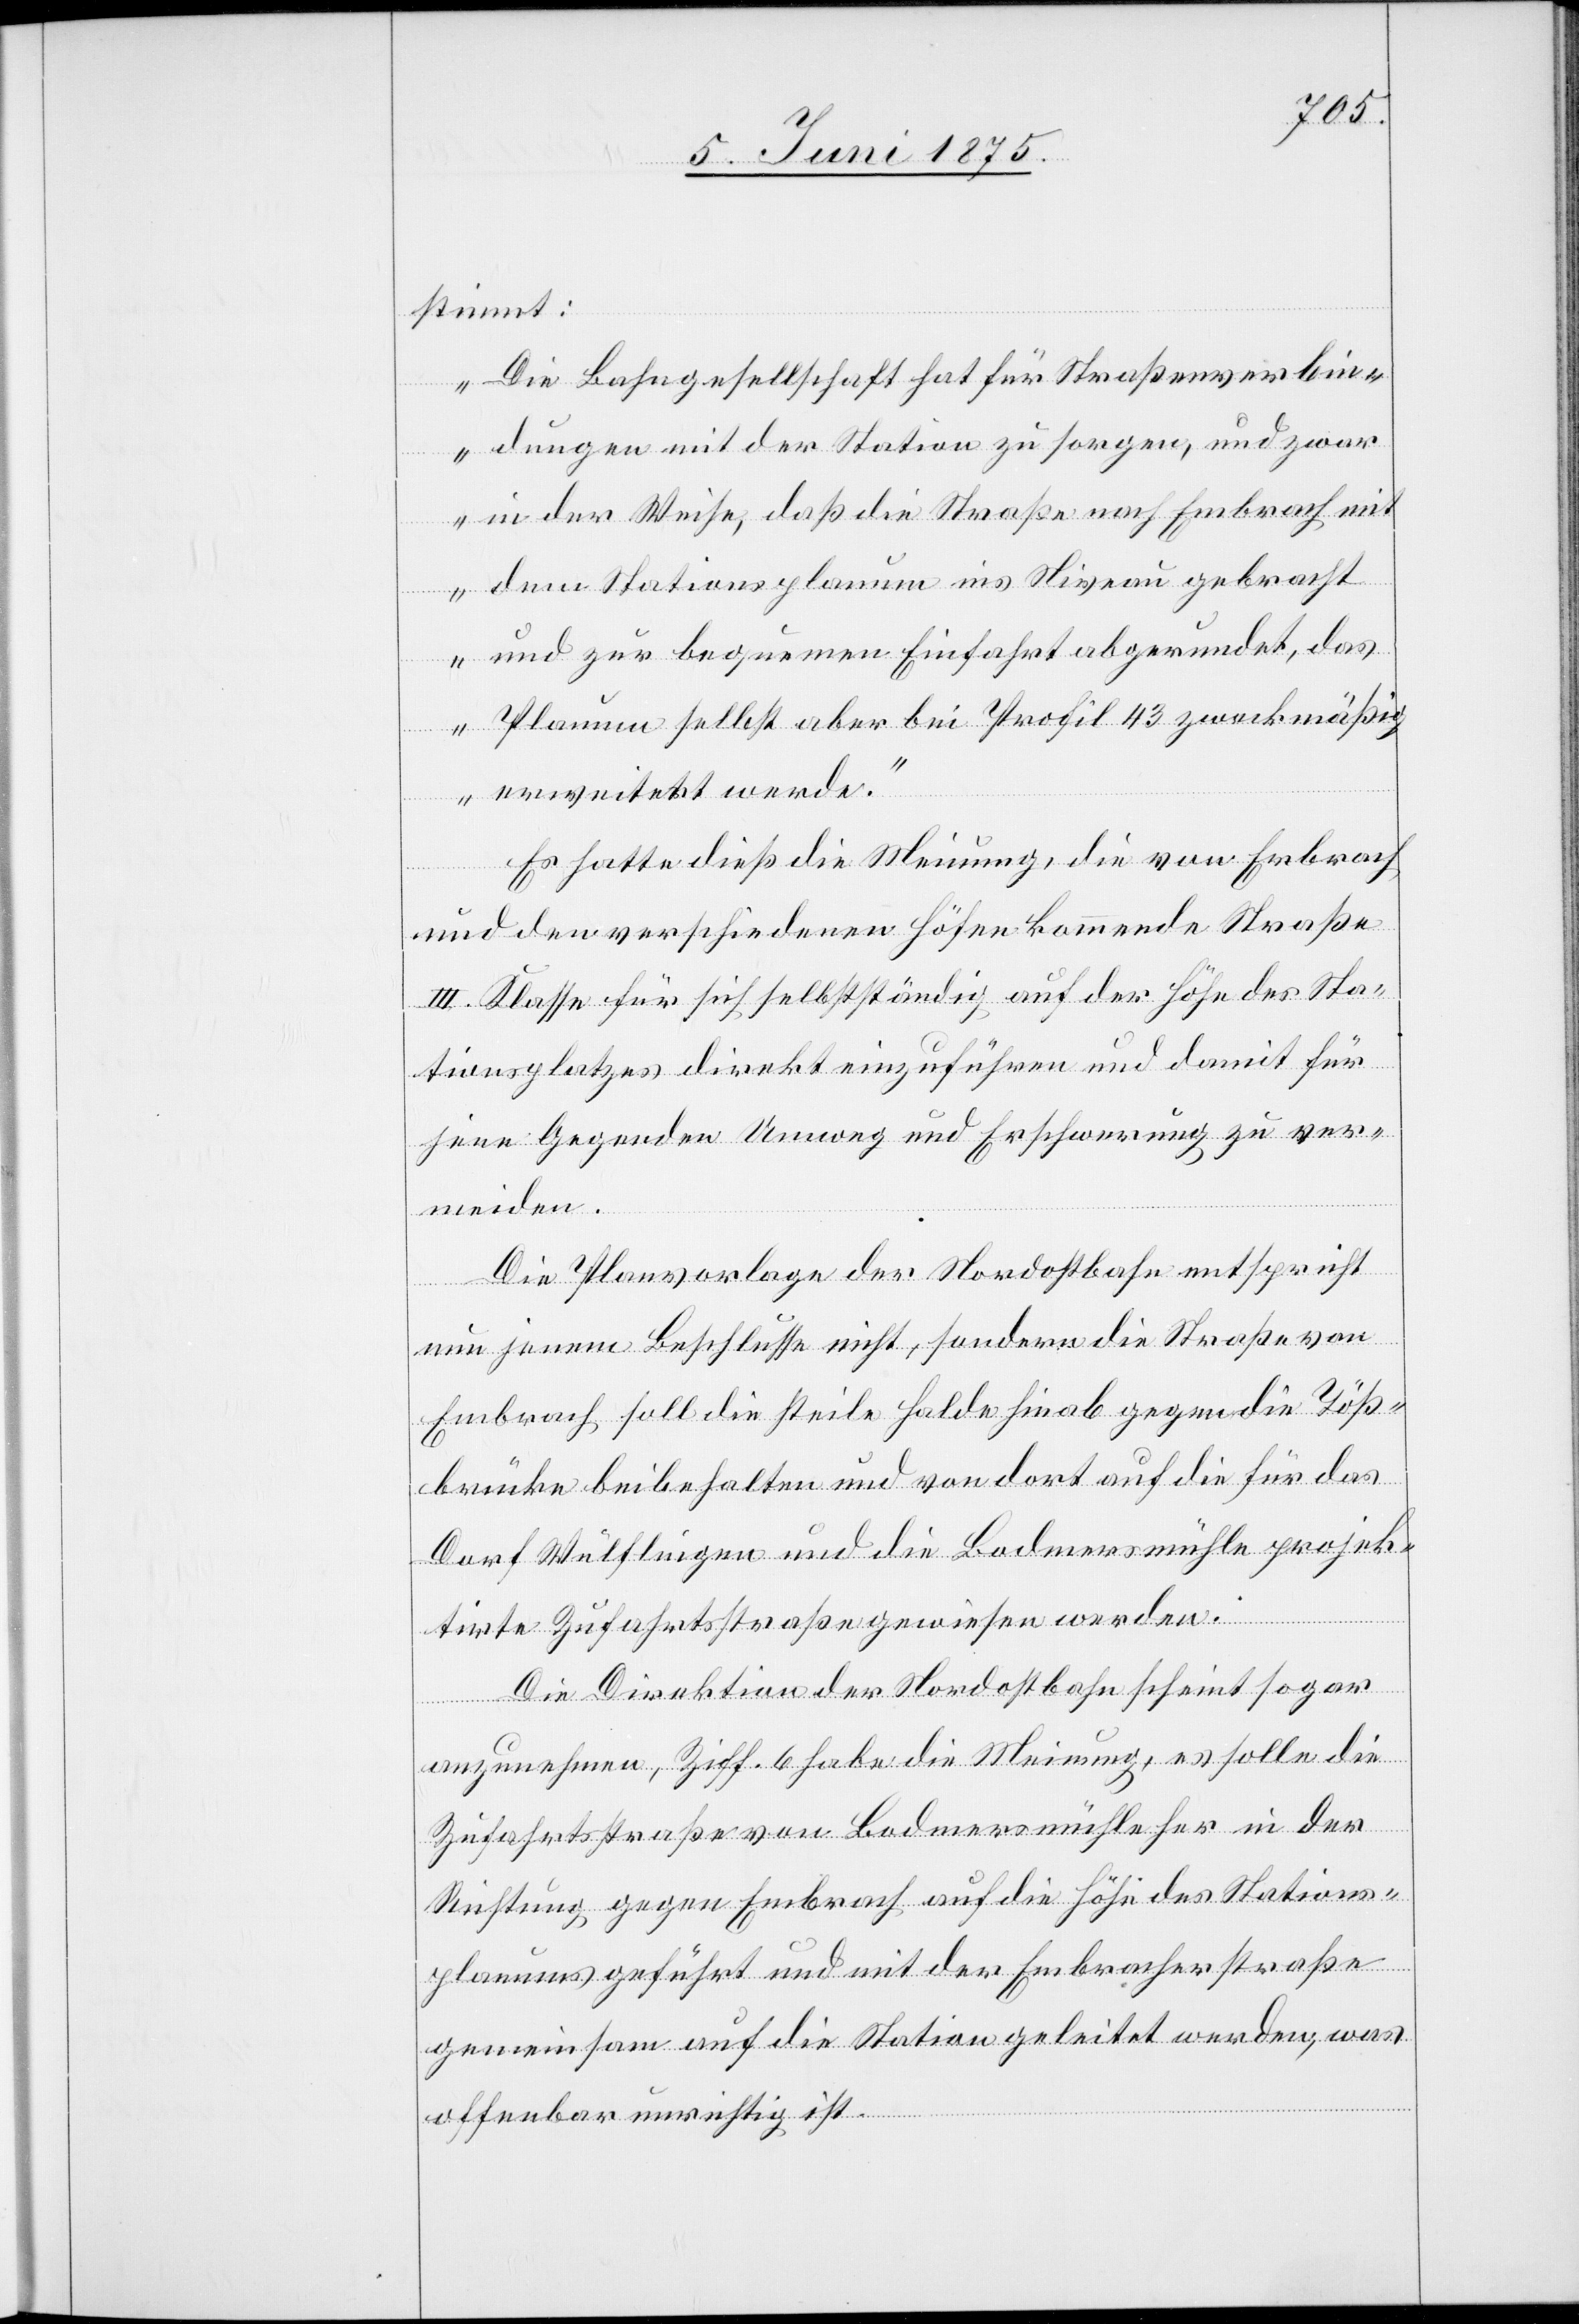
stimmt:
„Die Bahngesellschaft hat für Straßenverbin¬
dungen mit der Station zu sorgen, und zwar
in der Weise, daß die Straße nach Embrach mi¬
t dem Stationsplanum ins Niveau gebracht
und zur bequemen Einfahrt abgerundet, das
Planum selbst aber bei Profil 43 zweckmäßig
erweitert werde.“
Es hatte dieß die Meinung, die von Embrach
und den verschiedenen Höfen kommende Straße
III. Klasse für sich selbstständig auf der Höhe des Sta¬
tionsplatzes direkt einzuführen und damit für
jene Gegenden Umweg und Erschwerung zu ver¬
meiden.
Die Planvorlage der Nordostbahn entspricht
nun jenem Beschlusse nicht, sondern die Straße von
Embrach soll die steile Halde hinab gegen die Töß¬
brücke beibehalten und von dort auf die für das
Dorf Wülflingen und die Bodmersmühle projek¬
tirte Zufahrtsstraße gewiesen werden.
Die Direktion der Nordostbahn scheint sogar
be¬
anzunehmen, Ziff. 6 habe die Meinung, es solle die
Zufahrtsstraße von Bodmersmühle her in der
Richtung gegen Embrach auf die Höhe des Stations¬
planums geführt und mit der Embracherstraße
gemeinsam auf die Station geleitet werden, was
offenbar unrichtig ist.